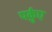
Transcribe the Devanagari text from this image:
पर्क़ुए